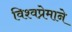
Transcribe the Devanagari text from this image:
विश्वप्रेमाने